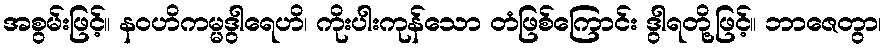
အစွမ်းဖြင့်။ နဝဟိကမ္မဒွါရေဟိ၊ ကိုးပါးကုန်သော တံဖြစ်ကြောင်း ဒွါရတို့ဖြင့်။ ဘာဇေတွာ၊